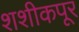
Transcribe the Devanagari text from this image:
शशीकपूर